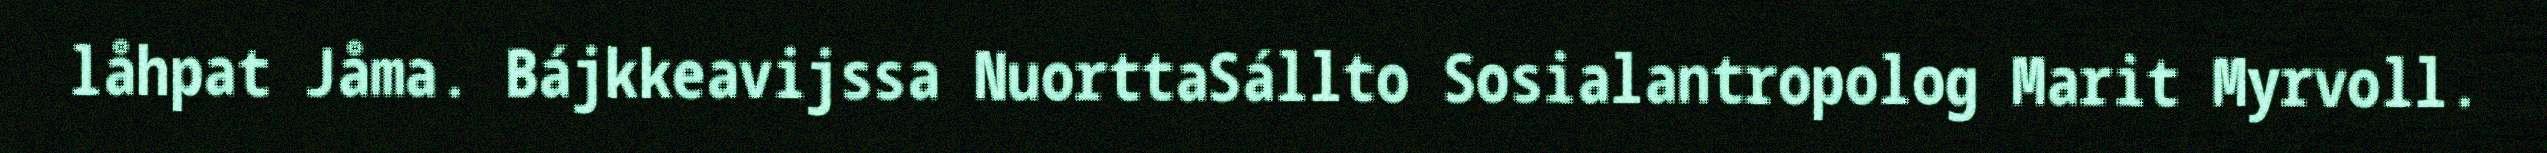
låhpat Jåma. Bájkkeavijssa NuorttaSállto Sosialantropolog Marit Myrvoll.